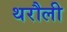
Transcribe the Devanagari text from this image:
थरौली